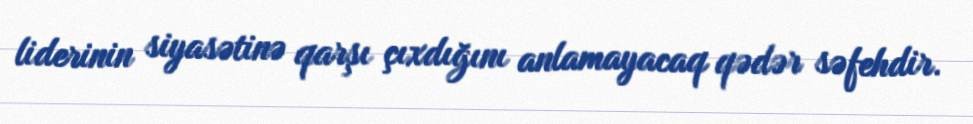
liderinin siyasətinə qarşı çıxdığını anlamayacaq qədər səfehdir.